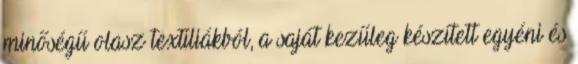
minőségű olasz textíliákból, a saját kezűleg készített egyéni és